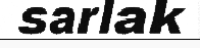
sarlak